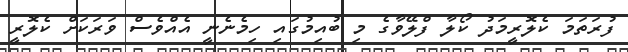
ފުރަތަމަ ކެލޮރީމަދު ކޯލާ ފްލޭވާގެ މި ބުއިމުގައި ހިމެނެނީ އެއްވެސް ވަރަކަށް ކެލޮރީ